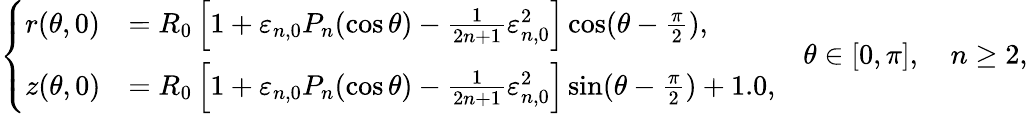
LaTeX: \left\{ \begin{array}{ll}{r(\theta,0)}&{=R_{0}\left[1+\varepsilon_{n,0}P_{n}(\cos\theta)-\frac{1}{2n+1}\varepsilon_{n,0}^{2}\right]\cos(\theta-\frac{\pi}{2}),}\\ {z(\theta,0)}&{=R_{0}\left[1+\varepsilon_{n,0}P_{n}(\cos\theta)-\frac{1}{2n+1}\varepsilon_{n,0}^{2}\right]\sin(\theta-\frac{\pi}{2})+1.0,}\end{array}\right.\quad\theta\in[0,\pi],\quad n\geq 2,